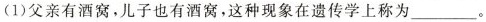
(1) 父亲有酒窝，儿子也有酒窝，这种现象在遗传学上称为___。